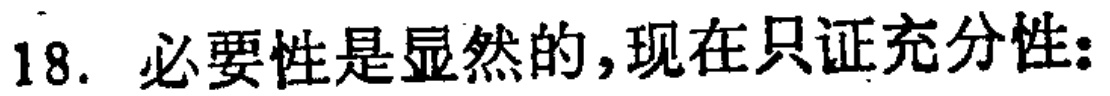
18. 必要性是显然的,现在只证充分性: